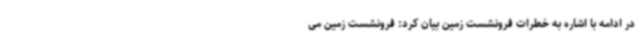
در ادامه با اشاره به خطرات فرونشست زمین بیان کرد: فرونشست زمین می